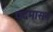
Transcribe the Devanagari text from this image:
पदमासन्